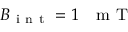
B _ { \mathrm { ~ i ~ n ~ t ~ } } = 1 \mathrm { ~ ~ ~ m ~ T ~ }